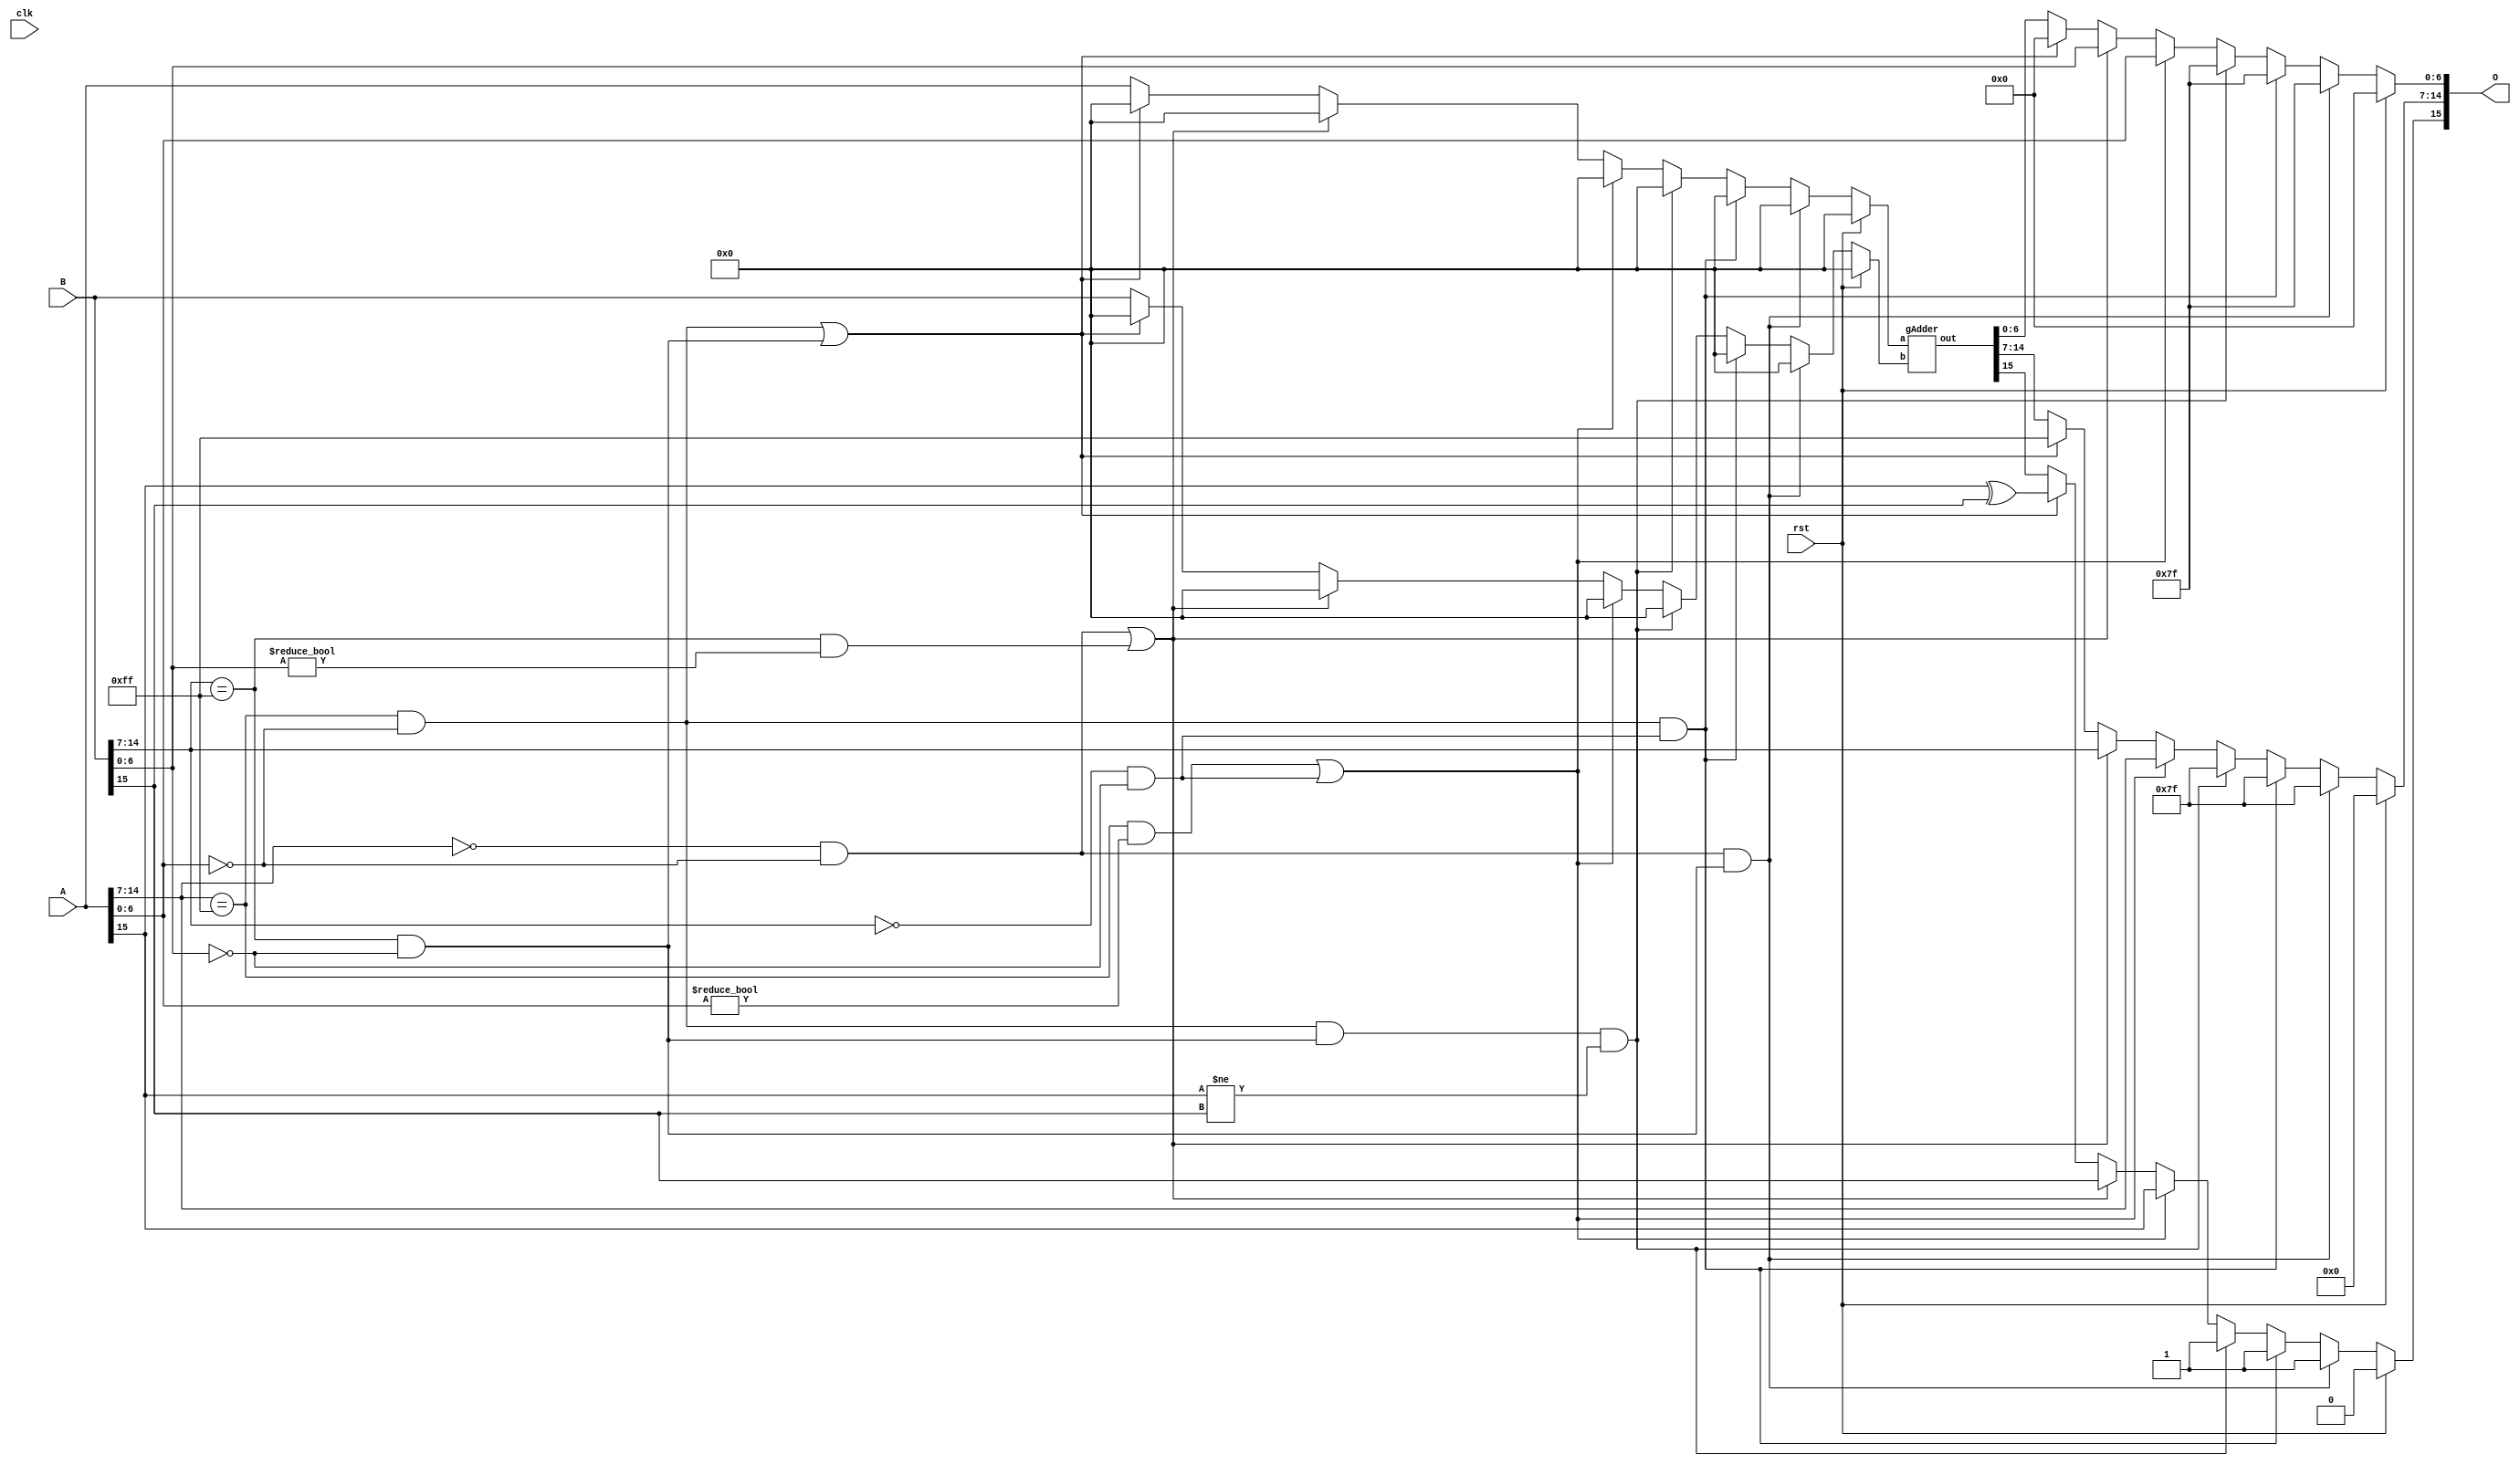
`timescale 1ns / 1ps
//////////////////////////////////////////////////////////////
// FP32 and BP16 Adder 

// https://github.com/danshanley/FPU/blob/master/fpu.v

// Format: 1-bit signed, 8-bit exponents, 23-bit fractions
// Format: 1-bit signed, 8-bit exponents, 7-bit fractions

// NOTE: MORE VERIFICATION NEEDED
/////////////////////////////////////////////////////////////

module bfp16_adder(clk, rst, A, B, O);
	input [15:0] A, B;
	input clk;
	input rst;
	output [15:0] O;

	wire a_sign;
	wire b_sign;
	wire [7:0] a_exponent;
	wire [7:0] b_exponent;
	wire [7:0] a_mantissa;
	wire [7:0] b_mantissa;

	reg o_sign;
	reg [7:0] o_exponent;
	reg [7:0] o_mantissa;

	reg [15:0] adder_a_in;
	reg [15:0] adder_b_in;
	wire[15:0] adder_out;
	
	assign a_sign = A[15];
	assign a_exponent = A[14:7];
	assign a_mantissa = {1'b1, A[6:0]};
	assign b_sign = B[15];
	assign b_exponent = B[14:7];
	assign b_mantissa = {1'b1, B[6:0]};
	
	assign O = {o_sign, o_exponent, o_mantissa[6:0]};

	gAdder _gAdder(
		.a(adder_a_in),
		.b(adder_b_in),
		.out(adder_out)
	);

	reg [1:0] state;

	always @ ( * ) begin
		if (rst == 1'b1) begin
			adder_a_in = 0;	//dummy
			adder_b_in = 0;	//dummy
			o_sign = 0;
			o_exponent = 0;
			o_mantissa = 0;
		//If A is zero and B is inf, return NaN
		end else if ((a_exponent == 0 && a_mantissa[6:0] == 0) && (b_exponent == 255 && b_mantissa[6:0] == 0)) begin
			adder_a_in = 0;	//dummy
			adder_b_in = 0;	//dummy
			o_sign = 1'b1;
			o_exponent = 7'b1111111;
			o_mantissa = 8'b11111111;
		//If A is inf and B is zero, return NaN
		end else if ((a_exponent == 255 && a_mantissa[6:0] == 0) && (b_exponent == 0 && b_mantissa[6:0] == 0)) begin
			adder_a_in = 0;	//dummy
			adder_b_in = 0;	//dummy
			o_sign = 1'b1;
			o_exponent = 7'b1111111;
			o_mantissa = 8'b11111111;
		//If A is inf and B is -inf, return NaN
		end else if ((a_exponent == 255 && a_mantissa[6:0] == 0) && (b_exponent == 255 && b_mantissa[6:0] == 0) && (a_sign != b_sign)) begin
			adder_a_in = 0;	//dummy
			adder_b_in = 0;	//dummy
			o_sign = 1'b1;
			o_exponent = 7'b1111111;
			o_mantissa = 8'b11111111;
		//If A is NaN or B is zero, return A	
		end else if ((a_exponent == 255 && a_mantissa[6:0] != 0) || (b_exponent == 0 && b_mantissa[6:0] == 0)) begin
			state = 2'b00;	//debug
			adder_a_in = 0;	//dummy
			adder_b_in = 0;	//dummy
			o_sign = a_sign;
			o_exponent = a_exponent;
			o_mantissa = a_mantissa;
		//If B is NaN or A is zero, return B	
		end else if ((a_exponent == 0 && a_mantissa[6:0] == 0) || (b_exponent == 255 && b_mantissa[6:0] != 0)) begin 
			state = 2'b01;	//debug
			adder_a_in = 0; //dummy
			adder_b_in = 0;	//dummy
			o_sign = b_sign;
			o_exponent = b_exponent;
			o_mantissa = b_mantissa;
		//If A or B is inf, return inf
		end else if ((a_exponent == 255 && a_mantissa[6:0] == 0) || (b_exponent == 255 && b_mantissa[6:0] == 0)) begin	
			state = 2'b10;	//debug
			adder_a_in = 0; //dummy
			adder_b_in = 0;	//dummy
			o_sign = a_sign ^ b_sign;
			o_exponent = 255;
			o_mantissa = 0; 
		end else begin
			state = 2'b11;	//debug
			adder_a_in = A;
			adder_b_in = B;
			o_sign = adder_out[15];
			o_exponent = adder_out[14:7];
			o_mantissa = adder_out[6:0];
		end
	end
 
endmodule

module gAdder(a, b, out);

	input [15:0] a, b;
	output [15:0] out;

	reg a_sign;
	reg b_sign;
  reg [7:0] a_exponent;
  reg [7:0] b_exponent;
  reg [7:0] a_mantissa;
  reg [7:0] b_mantissa;   
  
  reg o_sign;
  reg [7:0] o_exponent;
  reg [8:0] o_mantissa; 

	reg [1:0] sel;
	// 0 : exp same
	// 1 : exp a > exp b 
	// 2 : exp a < exp b
  reg [7:0] diff;
	reg [7:0] o_exponent_tmp;
  reg [8:0] o_mantissa_tmp;

  reg [7:0] i_e;
  reg [8:0] i_m;
  wire [7:0] o_e;
  wire [8:0] o_m;

          
	addition16_normaliser norm1(
   	.in_e(i_e),
	  .in_m(i_m),
	  .out_e(o_e),
	  .out_m(o_m)
	);

	assign out[15] = o_sign;
	assign out[14:7] = o_exponent;
	assign out[6:0] = o_mantissa[6:0];

	always @ (*) begin
  
		a_sign = a[15];
   	if(a[14:7] == 0) begin
			a_exponent = 8'b00000001;		 
			a_mantissa = {1'b0, a[6:0]};
		end else begin
			a_exponent = a[14:7];
			a_mantissa = {1'b1, a[6:0]};
	 	end
     
		b_sign = b[15];
	 	if(b[14:7] == 0) begin
			b_exponent = 8'b00000001;
			b_mantissa = {1'b0, b[6:0]};
		end else begin
			b_exponent = b[14:7];
			b_mantissa = {1'b1, b[6:0]};
		end
     
		// o_exponent		
		if (a_exponent == b_exponent) begin 
			o_exponent_tmp = a_exponent;
			diff = 0;
			sel  = 0; 
		end else if(a_exponent > b_exponent) begin
			o_exponent_tmp = a_exponent;
			diff = a_exponent - b_exponent;
			b_mantissa = b_mantissa >> diff;
			sel = 1;
		end else begin
			o_exponent_tmp = b_exponent;
			diff = b_exponent - a_exponent;
			a_mantissa = a_mantissa >> diff;
			sel = 2;
		end

		// o_mantissa, o_sign
		if (a_sign == b_sign) begin
			o_sign = a_sign;
			o_mantissa_tmp = a_mantissa + b_mantissa;	
		end else if (sel == 1) begin
			o_sign = a_sign;
			o_mantissa_tmp = a_mantissa - b_mantissa;
		end else if (sel == 2) begin
			o_sign = b_sign;
			o_mantissa_tmp = a_mantissa - b_mantissa;
		end else begin
			o_sign = a_sign;
			o_mantissa_tmp = a_mantissa - b_mantissa;
		end
		
		// case handling
		// first case 
		if (o_mantissa_tmp[8] == 1) begin
			if (o_exponent_tmp == 254) begin
				// return inf
				o_exponent = 255;
				o_mantissa = 0;
			end else begin
				// return shift 1
				o_exponent = o_exponent_tmp + 1;
				o_mantissa = o_mantissa_tmp >> 1;
			end
		// second case
		end else if (o_mantissa_tmp[7] != 1) begin
			// normalization
			i_e = o_exponent_tmp;
	    i_m = o_mantissa_tmp;
	    o_exponent = o_e;
	    o_mantissa = o_m;
		// last case
		end else begin
			o_exponent = o_exponent_tmp;
			o_mantissa = o_mantissa_tmp;
		end

	end
 
endmodule

module addition16_normaliser (in_e, in_m, out_e, out_m);

	input [7:0] in_e;
	input [8:0] in_m;
	output [7:0] out_e;
	output [8:0] out_m;
  
	wire [7:0] in_e;
	wire [8:0] in_m;
	reg [7:0] out_e;
	reg [8:0] out_m;

	reg [2:0] state; 	 //debug
	reg [1:0] instate; //debug

	always @ (*) begin
		if (in_m[7:0] == 8'b00000000) begin // 0.000000001 = o_mantissa starts as
			state = 3'b000; //debug
			out_e = 0;
			out_m = 0; 
		end else if (in_m[7:0] == 8'b00000001) begin // 0.00000001 = o_mantissa starts as
			state = 3'b001; //debug
			if (in_e < 2) begin
				instate = 0;  //debug
				out_e = 0;
				out_m = in_m; 
			end else if (in_e > 7) begin
				instate = 1;  //debug
				out_e = in_e - 7;
				out_m = in_m << 7;
			end else begin
				instate = 2;  //debug
				out_e = 0;
				out_m = in_m << (in_e-1);
			end
	  end else if (in_m[7:1] == 7'b0000001) begin // 0.000001	 = o_mantissa starts as
			state = 3'b010; //debug
			if (in_e < 2) begin
				instate = 0;  //debug
				out_e = 0;
				out_m = in_m; 
			end else if (in_e > 6) begin
				instate = 1;  //debug
				out_e = in_e - 6;
				out_m = in_m << 6;
			end else begin
				instate = 2;  //debug
				out_e = 0;
				out_m = in_m << (in_e-1);
			end
		end else if (in_m[7:2] == 6'b000001) begin // 0.00001 = o_mantissa starts as
			state = 3'b011; //debug
			if (in_e < 2) begin
				instate = 0;  //debug
				out_e = 0;
				out_m = in_m; 
			end else if (in_e > 5) begin
				instate = 1;  //debug
				out_e = in_e - 5;
				out_m = in_m << 5;
			end else begin
				instate = 2;  //debug
				out_e = 0;
				out_m = in_m << (in_e-1);
			end
		end else if (in_m[7:3] == 5'b00001) begin // 0.0001 = o_mantissa starts as
			state = 3'b100; //debug
			if (in_e < 2) begin
				instate = 0;  //debug
				out_e = 0;
				out_m = in_m; 
			end else if (in_e > 4) begin
				instate = 1;  //debug
				out_e = in_e - 4;
				out_m = in_m << 4;
			end else begin
				instate = 2;  //debug
				out_e = 0;
				out_m = in_m << (in_e-1);
			end
			/* for example
			end else if (in_e == 2) begin
				out_e = 0;
				out_m = in_m << 1;
			end else if (in_e == 3) begin
				out_e = 0;
				out_m = in_m << 2;
			end
		*/
		end else if (in_m[7:4] == 4'b0001) begin // 0.001 = o_mantissa starts as
			state = 3'b101; //debug
			if (in_e < 2) begin
				instate = 0;  //debug
				out_e = 0;
				out_m = in_m; 
			end else if (in_e > 1) begin
				instate = 1;  //debug
				out_e = in_e - 3;
				out_m = in_m << 3;
			end else begin
				instate = 2;  //debug
				out_e = 0;
				out_m = in_m << (in_e-1);
			end
		end else if (in_m[7:5] == 3'b001) begin // 0.01 = o_mantissa starts as
			state = 3'b110; //debug
			if (in_e < 2) begin
				instate = 0;  //debug
				out_e = 0;
				out_m = in_m;
			end else if (in_e > 2) begin
				instate = 1;  //debug
				out_e = in_e - 2;
				out_m = in_m << 2;
			end else begin
				instate = 2;  //debug
				out_e = 0;
				out_m = in_m << (in_e-1);
			end
		end else if (in_m[7:6] == 2'b01) begin // 0.1 = o_mantissa starts as
			state = 3'b111; //debug
			if (in_e < 2) begin
				instate = 0;  //debug
				out_e = 0;
				out_m = in_m;
			end else begin
				instate = 1;  //debug
				out_e = in_e - 1;
				out_m = in_m << 1;
			end
		end else begin
		// Nothing
		end

	end


endmodule